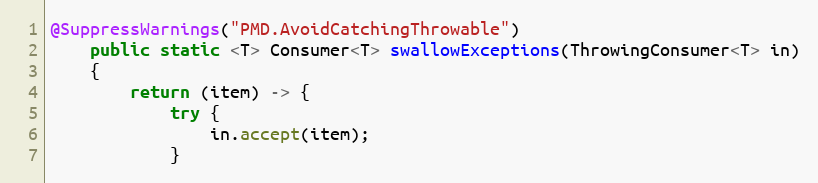
Language: Java
@SuppressWarnings("PMD.AvoidCatchingThrowable")
    public static <T> Consumer<T> swallowExceptions(ThrowingConsumer<T> in)
    {
        return (item) -> {
            try {
                in.accept(item);
            }